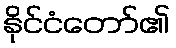
နိုင်ငံတော်၏